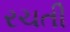
રચતી